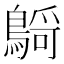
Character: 𪃴